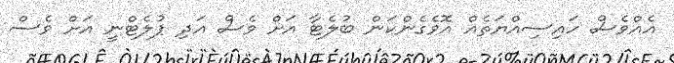
އެއްވެސް ހައިސިއްޔަތެއް އޮވެގެންކަން ބުލެޓާ އަށް ވެސް އަދި ޕުލެޓްނީ އަށް ވެސް